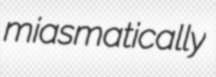
miasmatically